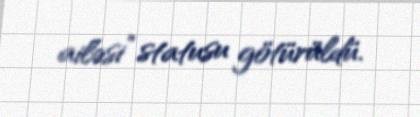
ailəsi” statusu götürüldü.